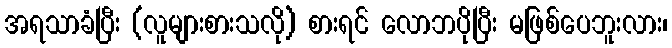
အရသာခံပြီး (လူများစားသလို) စားရင် လောဘပိုပြီး မဖြစ်ပေဘူးလား၊